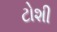
ટોશી